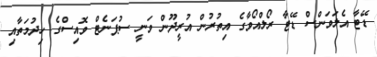
ޑޭޓާ އެލަވަންސް ޑޭޓާ ރޯލްއޯވާގެ އިތުރުން އުރީދޫން ވަނީ ސުޕަނެޓް ވޮއިސްގެ ހިދުމަތާއި